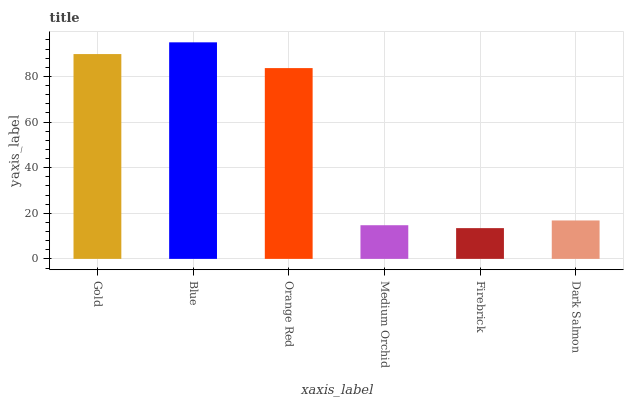
| xaxis_label | bars |
 | --- | --- |
 | Gold | 89.8 |
 | Blue | 95 |
 | Orange Red | 83.7 |
 | Medium Orchid | 14.8 |
 | Firebrick | 13.5 |
 | Dark Salmon | 16.9 |